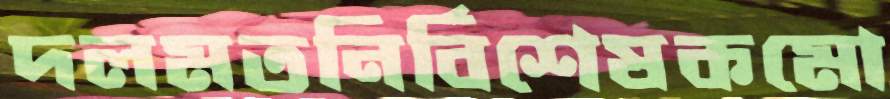
দলমতনির্বিশেষকমো